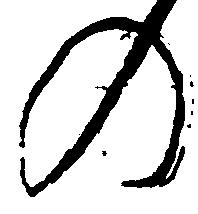
の